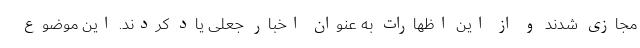
مجازی شدند و از این اظهارات به عنوان اخبار جعلی یاد کردند. این موضوع